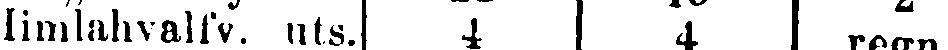
limlahvalfv. uts. 4 4 regn